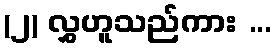
(၂) လွှဟူသည်ကား ...